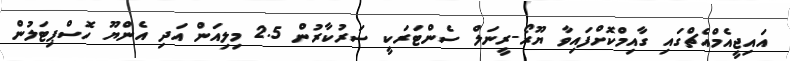
އައިޖީއެމްއެޗްގައި ގާއިމްކޮށްފައިވާ ޔޫރޯ-ރީނަލް ސެންޓަރަކީ ސަރުކާރުން 2.5 މިލިއަން އަދި އެންޔޫ ހޮސްޕިޓަލުން